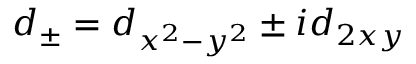
d _ { \pm } = d _ { x ^ { 2 } - y ^ { 2 } } \pm i d _ { 2 x y }